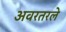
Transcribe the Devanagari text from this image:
अवरतरले